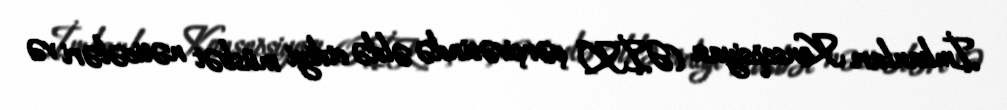
İmkanları Konsepsiyası (ƏİK) çərçivəsində əldə etdiyi müsbət nəticələri və